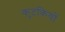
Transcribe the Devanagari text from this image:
कुटकियों